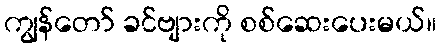
ကျွန်တော် ခင်ဗျားကို စစ်ဆေးပေးမယ်။